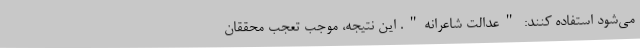
می‌شود استفاده کنند: "عدالت شاعرانه". این نتیجه، موجب تعجب محققان